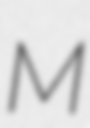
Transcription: M